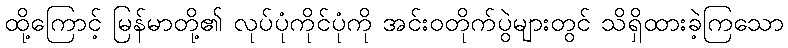
ထို့ကြောင့် မြန်မာတို့၏ လုပ်ပုံကိုင်ပုံကို အင်းဝတိုက်ပွဲများတွင် သိရှိထားခဲ့ကြသော